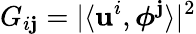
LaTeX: G_{i\mathbf{j}}=|\langle{\mathbf{u}}^{i},\boldsymbol{\phi}^{\mathbf{j}}\rangle|^{2}